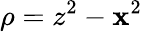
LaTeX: \rho=z^{2}-\mathbf{x}^{2}